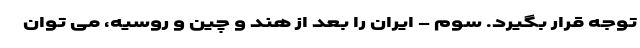
توجه قرار بگیرد. سوم - ایران را بعد از هند و چین و روسیه، می توان